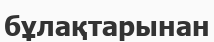
бұлақтарынан